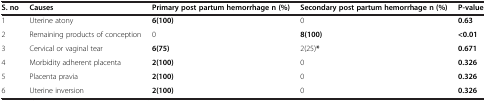
<table><thead><tr><td><b>S. no</b></td><td><b>Causes</b></td><td><b>Primary post partum hemorrhage n (%)</b></td><td><b>Secondary post partum hemorrhage n (%)</b></td><td><b>P-value</b></td></tr></thead><tbody><tr><td>1</td><td>Uterine atony</td><td><b>6(100)</b></td><td>0</td><td><b>0.63</b></td></tr><tr><td>2</td><td>Remaining products of conception</td><td>0</td><td><b>8(100)</b></td><td><b>&lt;0.01</b></td></tr><tr><td>3</td><td>Cervical or vaginal tear</td><td><b>6(75)</b></td><td>2(25)<b>*</b></td><td><b>0.671</b></td></tr><tr><td>4</td><td>Morbidity adherent placenta</td><td><b>2(100)</b></td><td>0</td><td><b>0.326</b></td></tr><tr><td>5</td><td>Placenta pravia</td><td><b>2(100)</b></td><td>0</td><td><b>0.326</b></td></tr><tr><td>6</td><td>Uterine inversion</td><td><b>2(100)</b></td><td>0</td><td><b>0.326</b></td></tr></tbody></table>